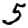
Digit: 5